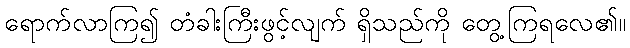
ရောက်လာကြ၍ တံခါးကြီးဖွင့်လျက် ရှိသည်ကို တွေ့ကြရလေ၏။